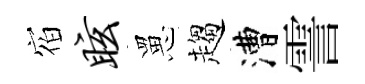
𪧐眩罳趨漕霅